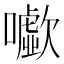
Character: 𡃧